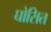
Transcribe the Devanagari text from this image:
घोसित